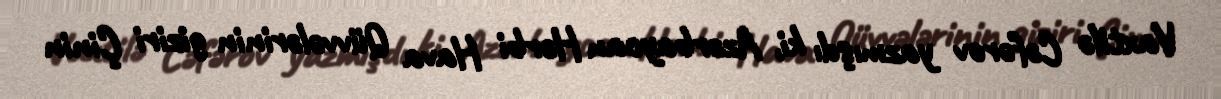
Vaxtilə Cəfərov yazmışdı ki, Azərbaycan Hərbi Hava Qüvvələrinin giziri Çinin